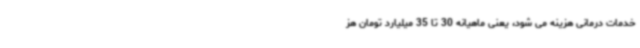
خدمات درمانی هزینه می شود، یعنی ماهیانه 30 تا 35 میلیارد تومان هز